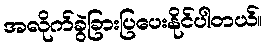
အလိုက်ခွဲခြားပြပေးနိုင်ပါတယ်။